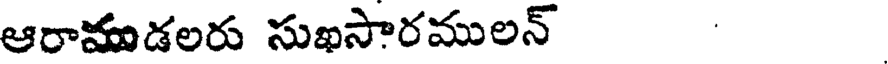
ఆరాముడలరు సుఖసారములన్